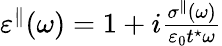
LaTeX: \begin{array}{r}{\varepsilon^{\parallel}(\omega)=1+i\frac{\sigma^{\parallel}(\omega)}{\varepsilon_{0}t^{\star}\omega}}\end{array}